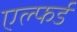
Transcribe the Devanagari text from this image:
एल्फर्ड